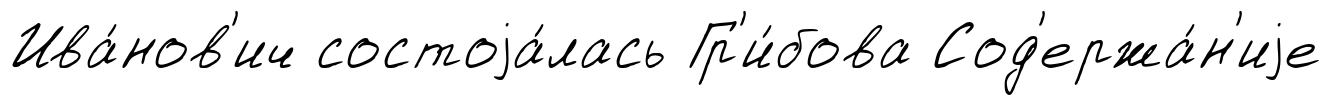
Ива́нов'ич состоjа́лась Гр'и́бова Сод'ержа́н'иjе